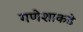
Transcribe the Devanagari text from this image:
गणेशाकडे